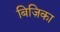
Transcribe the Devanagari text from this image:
बिज़िका